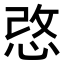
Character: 𢚢